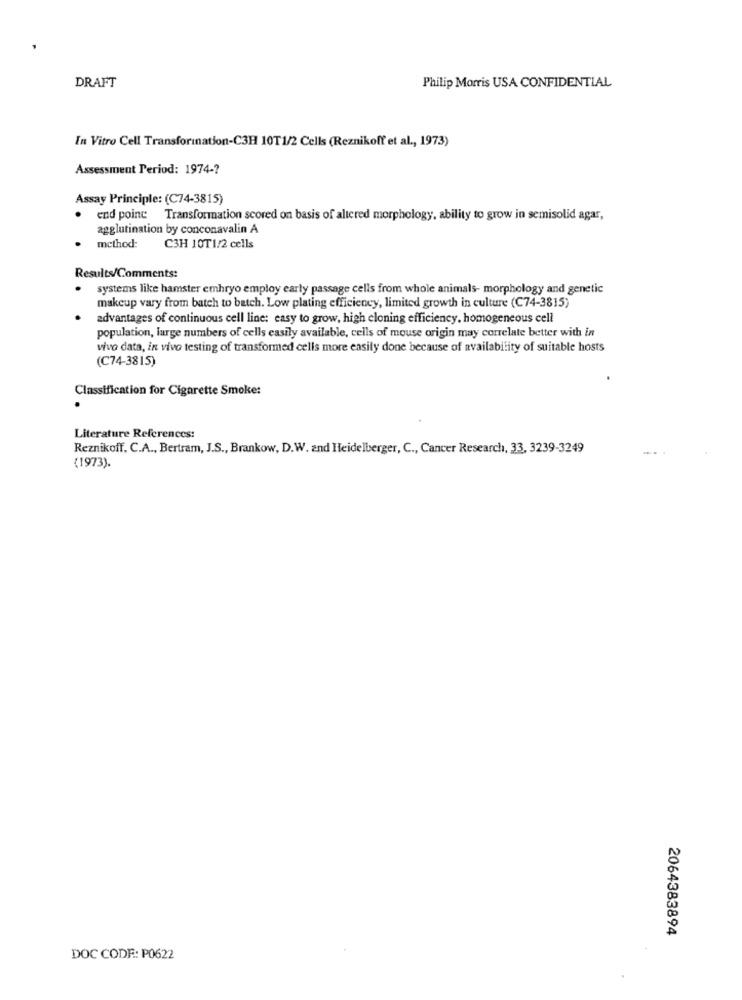
DRAFT
Philip Morris USA CONFIDENTIAL
In Vitro Cell Transformation-C3H 10T1/2 Cells (Reznikoff et al ., 1973)
Assessment Period: 1974 -?
Assay Principle: (C74-3815)
end point Transformation scored on basis of altered morphology, ability to grow in semisolid agar,
agglutination by conconavalin A
method:
C3H 10T1/2 cells
Results/Comments:
systems like hamster emhryo employ early passage cells from whole animals- morphology and genetic
makeup vary from batch to batch. Low plating efficiency, limited growth in culture (C74-3815)
advantages of continuous cell line: easy to grow, high cloning efficiency, homogeneous cell
population, large numbers of cells easily available, cells of mouse origin may correlate better with in
vivo data, in vivo testing of transformed cells more easily done because of availability of suitable hosts
(C74-3815)
Classification for Cigarette Smoke:
Literature References:
Reznikoff, C.A ., Bertram, J.S ., Brankow, D.W. and Heidelberger, C ., Cancer Research, 33, 3239-3249
(1973).
2064383894
DOC CODE: P0622